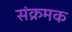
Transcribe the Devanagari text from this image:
संक्रमक